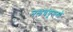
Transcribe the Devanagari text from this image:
नलचंपूमध्ये